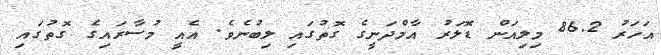
އަހަރު 86.2 މިލިއަން ޑޮލަރު އާމްދަނީގެ ގޮތުގައި ލިބުނެވެ. އެއީ މުސާރައިގެ ގޮތުގައި